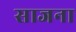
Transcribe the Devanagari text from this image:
साजना